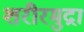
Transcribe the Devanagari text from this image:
शरीरमुद्रा